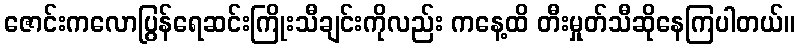
ဇောင်းကလောပြွန်ရေဆင်းကြိုးသီချင်းကိုလည်း ကနေ့ထိ တီးမှုတ်သီဆိုနေကြပါတယ်။